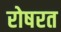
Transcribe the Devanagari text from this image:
रोषरत